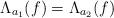
LaTeX: \begin{align*}\Lambda_{a_1}(f)=\Lambda_{a_2}(f)\end{align*}